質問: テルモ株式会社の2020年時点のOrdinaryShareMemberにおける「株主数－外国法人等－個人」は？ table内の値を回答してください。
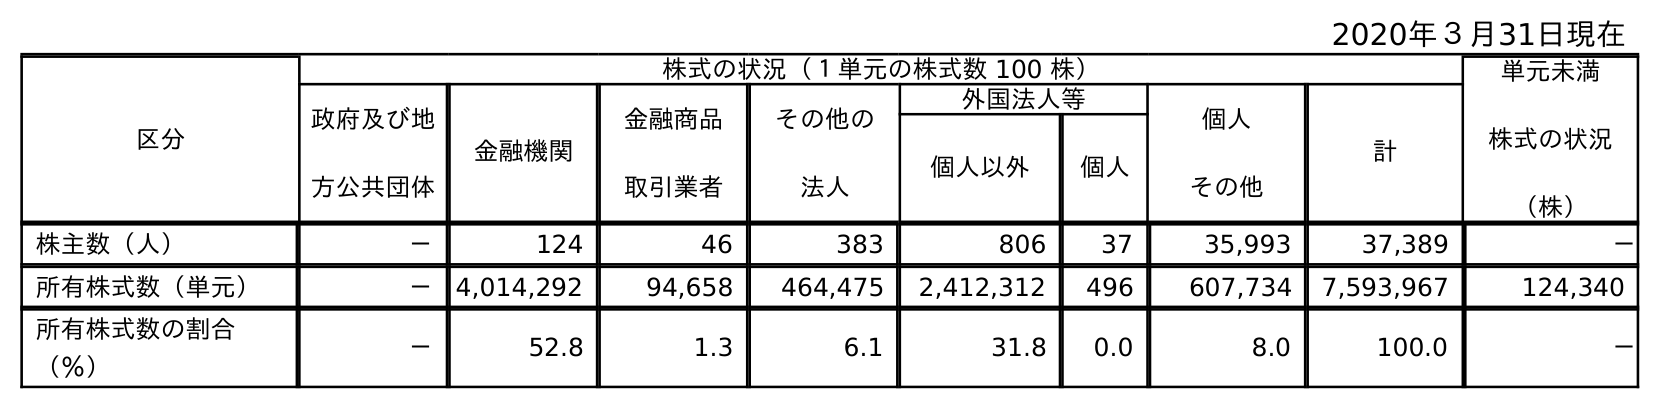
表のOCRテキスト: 2020年３月31日現在 区分 株式の状況（１単元の株式数 100 株） 単元未満 株式の状況 （株） 政府及び地 方公共団体 金融機関 金融商品 取引業者 その他の 法人 外国法人等 個人 その他 計 個人以外 個人 株主数（人） － 124 46 383 806 37 35,993 37,389 － 所有株式数（単元） － 4,014,292 94,658 464,475 2,412,312 496 607,734 7,593,967 124,340 所有株式数の割合 （％） － 52.8 1.3 6.1 31.8 0.0 8.0 100.0 －
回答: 37